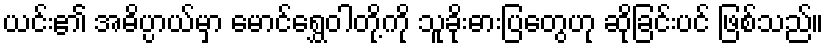
ယင်း၏ အဓိပ္ပာယ်မှာ မောင်ရွှေဝါတို့ကို သူခိုးဓားပြတွေဟု ဆိုခြင်းပင် ဖြစ်သည်။